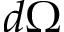
d \Omega